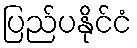
ပြည်ပနိုင်ငံ